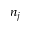
n _ { j }